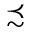
\precsim